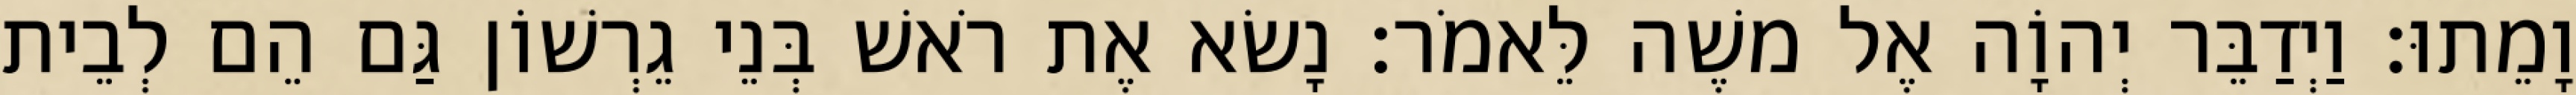
וָמֵתוּ׃ וַיְדַבֵּר יְהוָֹה אֶל משֶׁה לֵּאמֹר׃ נָשׂא אֶת רֹאשׁ בְּנֵי גֵרְשׁוֹן גַּם הֵם לְבֵית